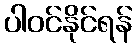
ပါဝင်နိုင်ရန်